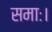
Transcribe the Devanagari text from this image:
समाः।